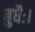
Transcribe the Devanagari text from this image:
बुधैः।